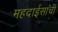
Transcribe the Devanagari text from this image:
महदाईसाची